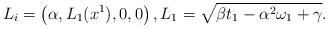
LaTeX: \begin{align*} {L}_i=\left(\alpha,{L}_1(x^1),0,0\right),{L}_1=\sqrt{\beta t_1-\alpha^2\omega_1+\gamma}.\end{align*}